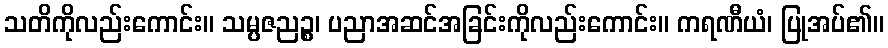
သတိကိုလည်းကောင်း။ သမ္ပဇညဉ္စ၊ ပညာအဆင်အခြင်းကိုလည်းကောင်း။ ကရဏီယံ၊ ပြုအပ်၏။